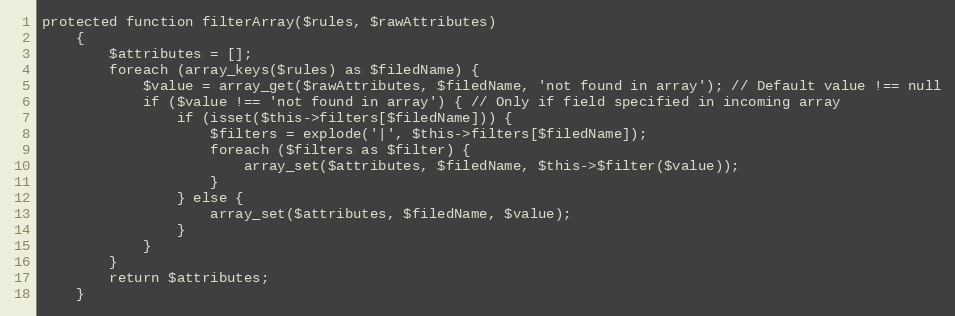
Language: PHP
protected function filterArray($rules, $rawAttributes)
    {
        $attributes = [];
        foreach (array_keys($rules) as $filedName) {
            $value = array_get($rawAttributes, $filedName, 'not found in array'); // Default value !== null
            if ($value !== 'not found in array') { // Only if field specified in incoming array
                if (isset($this->filters[$filedName])) {
                    $filters = explode('|', $this->filters[$filedName]);
                    foreach ($filters as $filter) {
                        array_set($attributes, $filedName, $this->$filter($value));
                    }
                } else {
                    array_set($attributes, $filedName, $value);
                }
            }
        }
        return $attributes;
    }